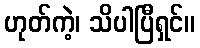
ဟုတ်ကဲ့၊ သိပါပြီရှင်။